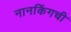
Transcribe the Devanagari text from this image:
नानकिंगची